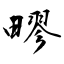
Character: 疁